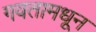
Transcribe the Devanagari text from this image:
गवतामधून